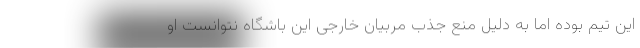
این تیم بوده اما به دلیل منع جذب مربیان خارجی این باشگاه نتوانست او